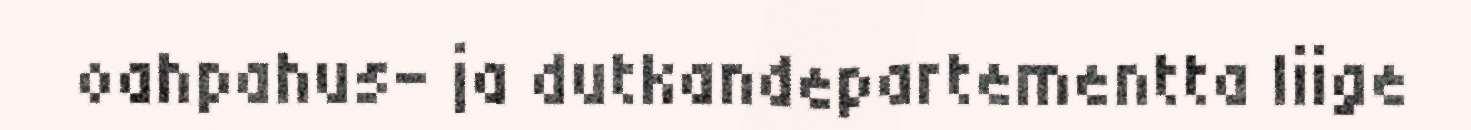
oahpahus- ja dutkandepartementta liige